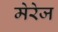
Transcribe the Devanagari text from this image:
मेरेज